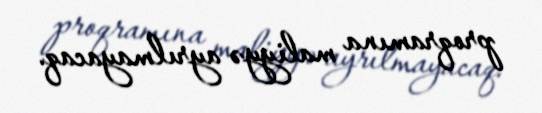
proqramına maliyyə ayrılmayacaq.